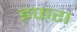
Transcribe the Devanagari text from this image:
इफरा